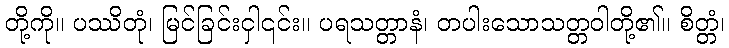
တို့ကို။ ပဿိတုံ၊ မြင်ခြင်းငှါ၎င်း။ ပရသတ္တာနံ၊ တပါးသောသတ္တဝါတို့၏။ စိတ္တံ၊